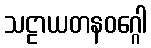
သဠာယတနဝဂ္ဂေါ